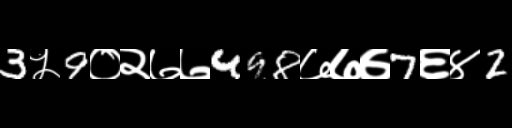
Text: 3५9०२७७498७७७7६४2